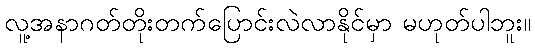
လူ့အနာဂတ်တိုးတက်ပြောင်းလဲလာနိုင်မှာ မဟုတ်ပါဘူး။